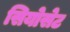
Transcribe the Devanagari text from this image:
सियोसेट